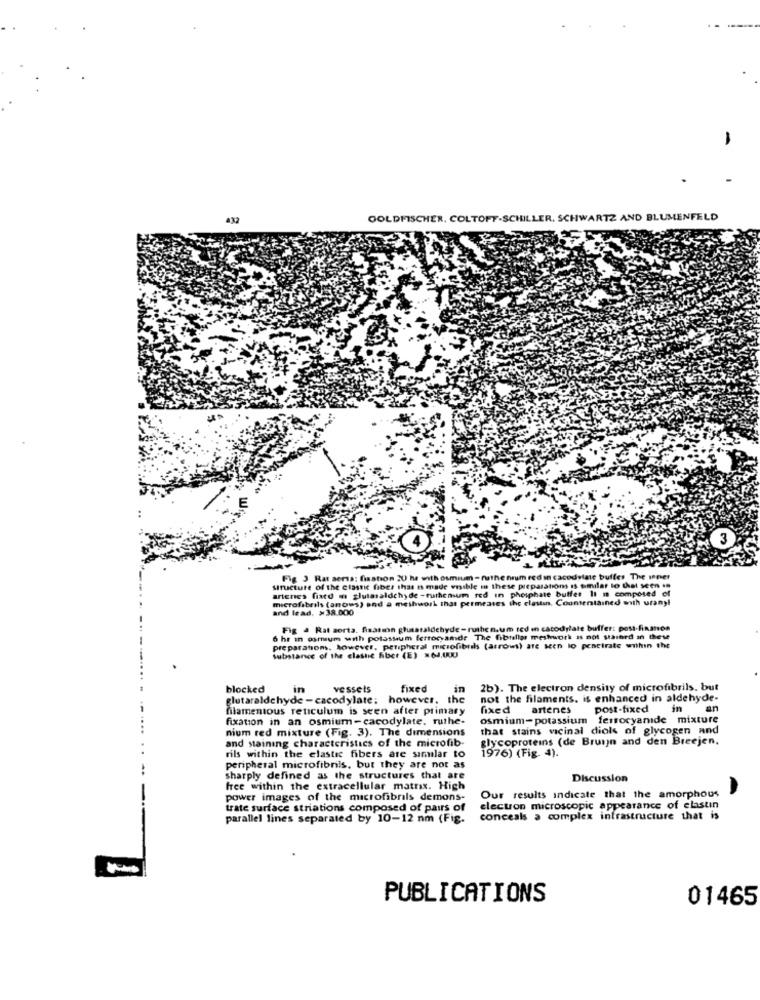
632
GOLDFISCHER. COLTOFF-SCHILLER. SCHWARTZ AND BLUMENFELD
3
Fig 3 Rat sersa: fixation 20 he with osmium - nathe frum red in cacodylate buffer The inner
arteries fiatd in slutaaldchy de -ruthensum red in phosphate buffer It m composed of
structure of the classic fiber that is made visible in these preparations is similar to that seen se
microfibrils (anous) end a meshwork that permeates the clastin. Countentained with uranyl
and lead. >38.000
Fig . Rat aorta. fisation ghusataldehyde - ruthen.um ted in cacodylate buffer: post-finanon
6 hr in osmium with potassium ferrocyande The fibullar meshwork as not sthird in these
preparations, however, peripheral microfibrds (arrows) are seen lo pencirate within the
Substance of the clashe fiber (E) =64.000
blocked
in
vessels
fixed
in
2b). The electron density of microfibrils, but
glutaraldchyde -cacodylate; however. the
not the filaments. is enhanced in aldehyde-
filamentous reticulum is seen after primary
fixed
artenes
post-fixed
in
an
fixation in an osmium-cacodylate. ruthe-
osmium-potassium ferrocyanide mixture
mum red mixture (Fig. 3). The dimensions
that stains vacinal diols of glycogen and
and staining characteristics of the microfib-
glycoproteins (de Bruijn and den Breejen,
1976) (Fig. 4).
rils within the elastic fibers are similar to
peripheral microfibrils, but they are not as
sharply defined as the structures that are
Discussion
free within the extracellular matrix. High
power images of the microfibrils demons-
Our results indicate that the amorphous
trate surface striations composed of pairs of
election microscopic appearance of elastin
parallel lines separated by 10-12 nm (Fig.
conceals a complex infrastructure that is
PUBLICATIONS
01465